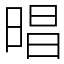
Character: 晿